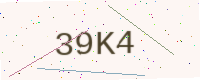
Text: 39K4